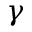
\gamma